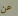
عن